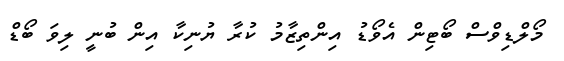
މޯލްޑިވްސް ބޯޓިން އެވޯޑު އިންތިޒާމު ކުރާ ޔުނިކާ އިން ބުނީ ލިވަ ބޯޑް